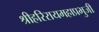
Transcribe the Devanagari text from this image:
श्रीहरिरायमहाप्रभुजी